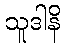
သူဒါနိ